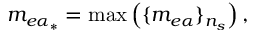
m _ { e \alpha _ { * } } = \operatorname* { m a x } \left( \{ m _ { e \alpha } \} _ { n _ { s } } \right) ,